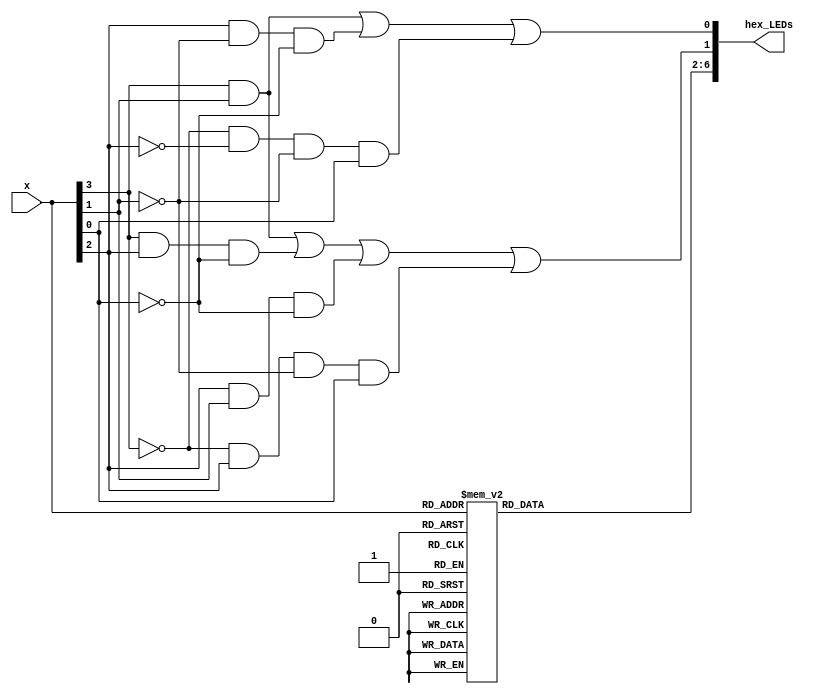
module seven_seg_decoder(input [3:0] x, output [6:0] hex_LEDs);
	reg [6:0] reg_LEDs;
	
	assign hex_LEDs[0]= (x[3]&x[1]) | (x[2]&!x[1]&!x[0]) | (!x[3]&!x[2]&!x[1]&x[0]);
	assign hex_LEDs[1]= (x[3]&x[1]) | (x[3]&x[2]&!x[0]) | (x[2]&x[1]&!x[0]) | (!x[3]&x[2]&!x[1]&x[0]);
	
	assign hex_LEDs[6:2]=reg_LEDs[6:2];
	
	always @(*)
	begin
		case (x)
			4'b0000: reg_LEDs[6:2]=5'b10000; //7'b1000000 decimal 0
			4'b0001: reg_LEDs[6:2]=5'b11110; //7'b1111001 decimal 1
			4'b0010: reg_LEDs[6:2]=5'b01001; //7'b0100100 decimal 2
			4'b0011: reg_LEDs[6:2]=5'b01100; //7'b0110000 decimal 3
			4'b0100: reg_LEDs[6:2]=5'b00110; //7'b0011001 decimal 4
			4'b0101: reg_LEDs[6:2]=5'b00100; //7'b0010010 decimal 5
			4'b0110: reg_LEDs[6:2]=5'b00000; //7'b0000010 decimal 6
			4'b0111: reg_LEDs[6:2]=5'b11110; //7'b1111000 decimal 7
			4'b1000: reg_LEDs[6:2]=5'b00000; //7'b0000000 decimal 8
			4'b1001: reg_LEDs[6:2]=5'b00100; //7'b0010000 decimal 9
			4'b1010: reg_LEDs[6:2]=5'b00000; //7'b0000011 char	   b
			4'b1011: reg_LEDs[6:2]=5'b01011; //7'b0101111 char 	r
			4'b1100: reg_LEDs[6:2]=5'b10011; //7'b1001111 char	   I
			4'b1101: reg_LEDs[6:2]=5'b00010; //7'b0001000 char    A
			4'b1110: reg_LEDs[6:2]=5'b01010; //7'b0101011 char    n
			4'b1111: reg_LEDs[6:2]=5'b11111; //7'b1111111 			OFF
		endcase
	end
endmodule